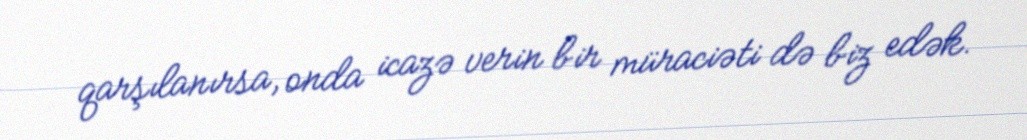
qarşılanırsa, onda icazə verin bir müraciəti də biz edək.